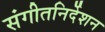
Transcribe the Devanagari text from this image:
संगीतनिर्देशन